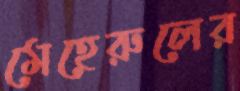
মেহেরুলের